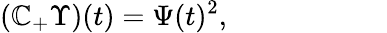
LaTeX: (\mathbb{C}_{+}\Upsilon)(t)=\Psi(t)^{2},~~~~~~~~~~~~~~~~~~~~~~